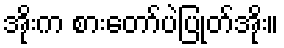
အိုးက စားတော်ပဲပြုတ်အိုး။